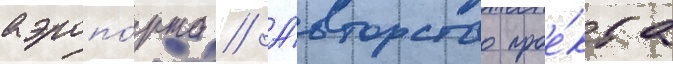
аэропо́рта // А́вторство прое́кта